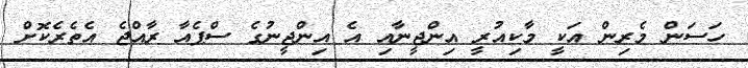
ހަސަން މެރިން އަކީ މާކިއުރީ އިންޖީނާއި އެ އިންޖީނުގެ ސްޕެއާ ރާއްޖެ އެތެރެކޮށް